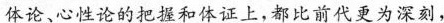
体论、心性论的把握和体证上，都比前代更为深刻，